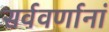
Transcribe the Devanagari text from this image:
सर्ववर्णानां